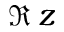
\Re \, z